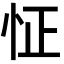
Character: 怔